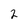
Character: 2